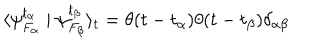
LaTeX: \langle \psi _ { F _ { \alpha } } ^ { t _ { \alpha } } \mid \psi _ { F _ { \beta } } ^ { t _ { \beta } } \rangle _ { t } = \theta ( t - t _ { \alpha } ) \theta ( t - t _ { \beta } ) \delta _ { \alpha \beta }